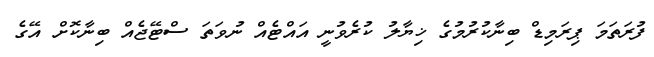
ފުރަތަމަ ޕިރަމިޑް ބިނާކުރުމުގެ ޚިޔާލު ކުރެވުނީ އައްޓެއް ނުވަތަ ސްޓޭޖެއް ބިނާކޮށް އޭގެ